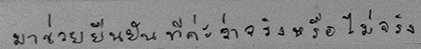
มาช่วยยืนยันทีค่ะว่าจริงหรือไม่จริง